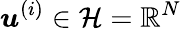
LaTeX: \boldsymbol{u}^{(i)}\in\mathcal{H}=\mathbb{R}^{N}